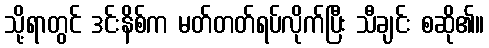
သို့ရာတွင် ဒင်းနိစ်က မတ်တတ်ရပ်လိုက်ပြီး သီချင်း စဆို၏။